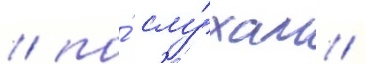
/ по́ слу́хам /